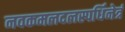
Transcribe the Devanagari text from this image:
नवकमलदलस्पर्धिनेत्रं